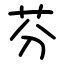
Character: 芬